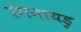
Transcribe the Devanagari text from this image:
रंगनायडु